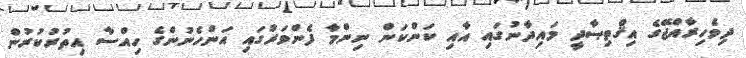
ދިވެހިރާއްޖޭގެ އިޤްތިޞާދީ މައިދާނުގައި އާއި ކަންކަން ނިންމާ ފެންވަރުގައި އަންހެނުންގެ ހިއްސާ އިތުރުކުރުން